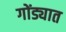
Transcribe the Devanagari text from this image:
गोंड्यात